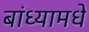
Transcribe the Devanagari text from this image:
बांध्यामधे